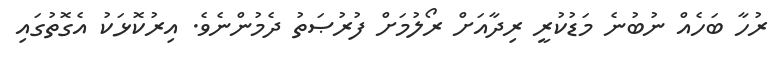
ރުހާ ބަހެއް ނުބުނެ މަޑުކުރީ ރިދާއަށް ރޯލުމަށް ފުރުޞަތު ދެމުންނެވެ. އިރުކޮޅަކު އެގޮތުގައި